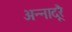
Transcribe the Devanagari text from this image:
अन्नादूरै